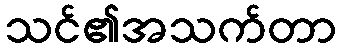
သင်၏အသက်တာ